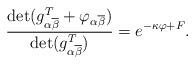
LaTeX: \begin{align*}\frac{\det(g_{\alpha\overline{\beta}}^{T}+\varphi_{\alpha\overline{\beta}})}{\det(g_{\alpha\overline{\beta}}^{T})}=e^{-\kappa\varphi+F}.\end{align*}